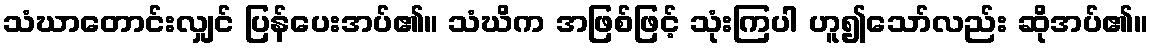
သံဃာတောင်းလျှင် ပြန်ပေးအပ်၏။ သံဃိက အဖြစ်ဖြင့် သုံးကြပါ ဟူ၍သော်လည်း ဆိုအပ်၏။